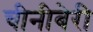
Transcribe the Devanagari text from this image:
चीनीबेरी